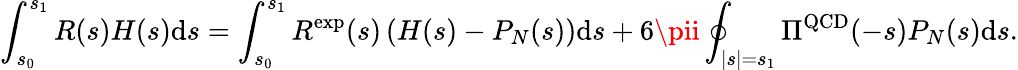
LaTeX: \int_{s_{0}}^{s_{1}}R(s)H(s)\mathrm{d}s=\int_{s_{0}}^{s_{1}}R^{\mathrm{{exp}}}(s)\left(H(s)-P_{N}(s)\right)\mathrm{d}s+6\pii\oint_{|s|=s_{1}}\Pi^{\mathrm{{QCD}}}(-s)P_{N}(s)\mathrm{d}s.